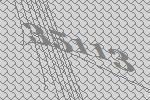
35113